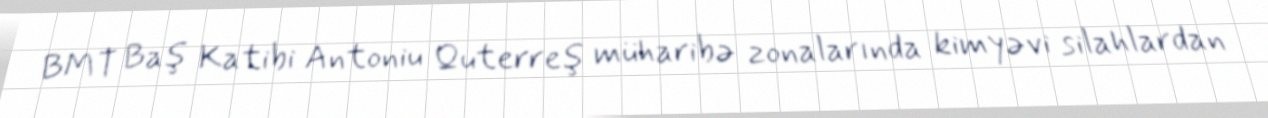
BMT Baş Katibi Antoniu Quterreş müharibə zonalarında kimyəvi silahlardan